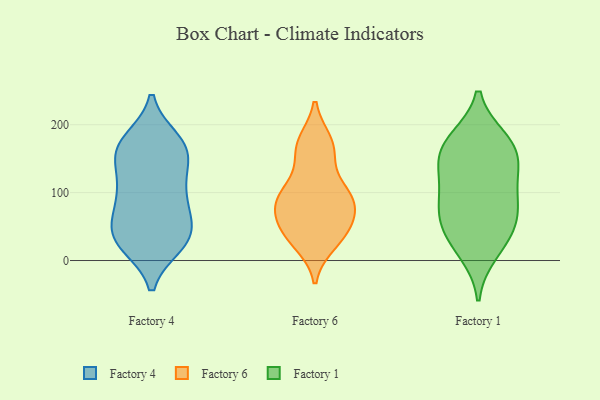
{"axis": {"x": "Conversion Rate (%)", "y": "Value"}, "legend": ["Factory 1", "Factory 4", "Factory 6"], "data": [{"x": "", "y": 32, "type": "Factory 4"}, {"x": "", "y": 36, "type": "Factory 4"}, {"x": "", "y": 50, "type": "Factory 4"}, {"x": "", "y": 167, "type": "Factory 4"}, {"x": "", "y": 24, "type": "Factory 4"}, {"x": "", "y": 46, "type": "Factory 4"}, {"x": "", "y": 164, "type": "Factory 4"}, {"x": "", "y": 143, "type": "Factory 4"}, {"x": "", "y": 87, "type": "Factory 4"}, {"x": "", "y": 109, "type": "Factory 4"}, {"x": "", "y": 177, "type": "Factory 4"}, {"x": "", "y": 23, "type": "Factory 4"}, {"x": "", "y": 116, "type": "Factory 4"}, {"x": "", "y": 24, "type": "Factory 4"}, {"x": "", "y": 161, "type": "Factory 4"}, {"x": "", "y": 104, "type": "Factory 4"}, {"x": "", "y": 176, "type": "Factory 4"}, {"x": "", "y": 66, "type": "Factory 4"}, {"x": "", "y": 157, "type": "Factory 4"}, {"x": "", "y": 80, "type": "Factory 4"}, {"x": "", "y": 64, "type": "Factory 6"}, {"x": "", "y": 78, "type": "Factory 6"}, {"x": "", "y": 174, "type": "Factory 6"}, {"x": "", "y": 105, "type": "Factory 6"}, {"x": "", "y": 90, "type": "Factory 6"}, {"x": "", "y": 41, "type": "Factory 6"}, {"x": "", "y": 38, "type": "Factory 6"}, {"x": "", "y": 80, "type": "Factory 6"}, {"x": "", "y": 94, "type": "Factory 6"}, {"x": "", "y": 26, "type": "Factory 6"}, {"x": "", "y": 169, "type": "Factory 6"}, {"x": "", "y": 33, "type": "Factory 6"}, {"x": "", "y": 169, "type": "Factory 6"}, {"x": "", "y": 89, "type": "Factory 6"}, {"x": "", "y": 51, "type": "Factory 6"}, {"x": "", "y": 106, "type": "Factory 6"}, {"x": "", "y": 155, "type": "Factory 6"}, {"x": "", "y": 73, "type": "Factory 1"}, {"x": "", "y": 12, "type": "Factory 1"}, {"x": "", "y": 155, "type": "Factory 1"}, {"x": "", "y": 129, "type": "Factory 1"}, {"x": "", "y": 48, "type": "Factory 1"}, {"x": "", "y": 81, "type": "Factory 1"}, {"x": "", "y": 178, "type": "Factory 1"}, {"x": "", "y": 27, "type": "Factory 1"}, {"x": "", "y": 145, "type": "Factory 1"}, {"x": "", "y": 178, "type": "Factory 1"}, {"x": "", "y": 87, "type": "Factory 1"}, {"x": "", "y": 165, "type": "Factory 1"}, {"x": "", "y": 52, "type": "Factory 1"}, {"x": "", "y": 113, "type": "Factory 1"}]}